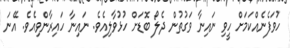
ހުވަފެނެއްކަމަށް ހީވި ނައިނާ ވަގުތުން ދެލޯ ބޮޑަށް ހުޅުވާލިއެވެ. ނައިނާ ހައިރާންވިއެވެ. އޭނަ